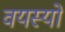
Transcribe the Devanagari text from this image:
वयस्यों